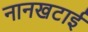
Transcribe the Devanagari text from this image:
नानखटाई